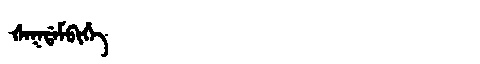
Manchu: ᡧᠠᡴᡩᠠᠮᠪᡳᡥᡝ
Romanization: ŠAKDAMBIHE